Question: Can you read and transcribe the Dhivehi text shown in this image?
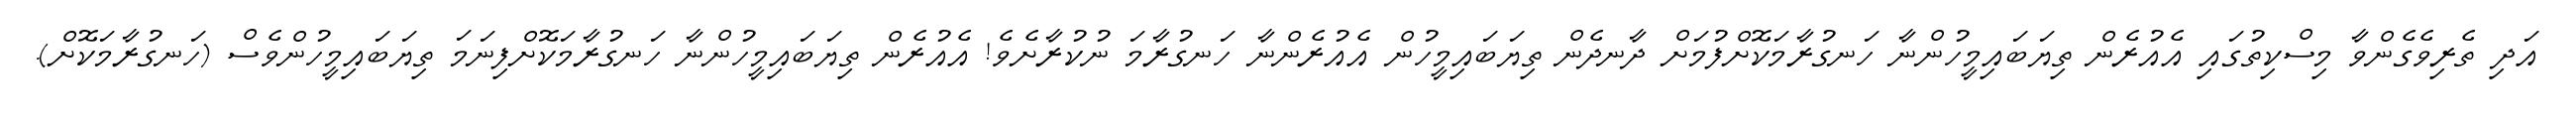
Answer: އަދި ތެރިވެގެންވާ މިސްކިތުގައި އެއުރެން ތިޔަބައިމީހުންނާ ހަނގުރާމަކޮށްފުމަށް ދާނދެން ތިޔަބައިމީހުން އެއުރެންނާ ހަނގުރާމަ ނުކުރާށެވެ! އެއުރެން ތިޔަބައިމީހުންނާ ހަނގުރާމަކޮށްފިނަމަ ތިޔަބައިމީހުންވެސް (ހަނގުރާމަކޮށް).